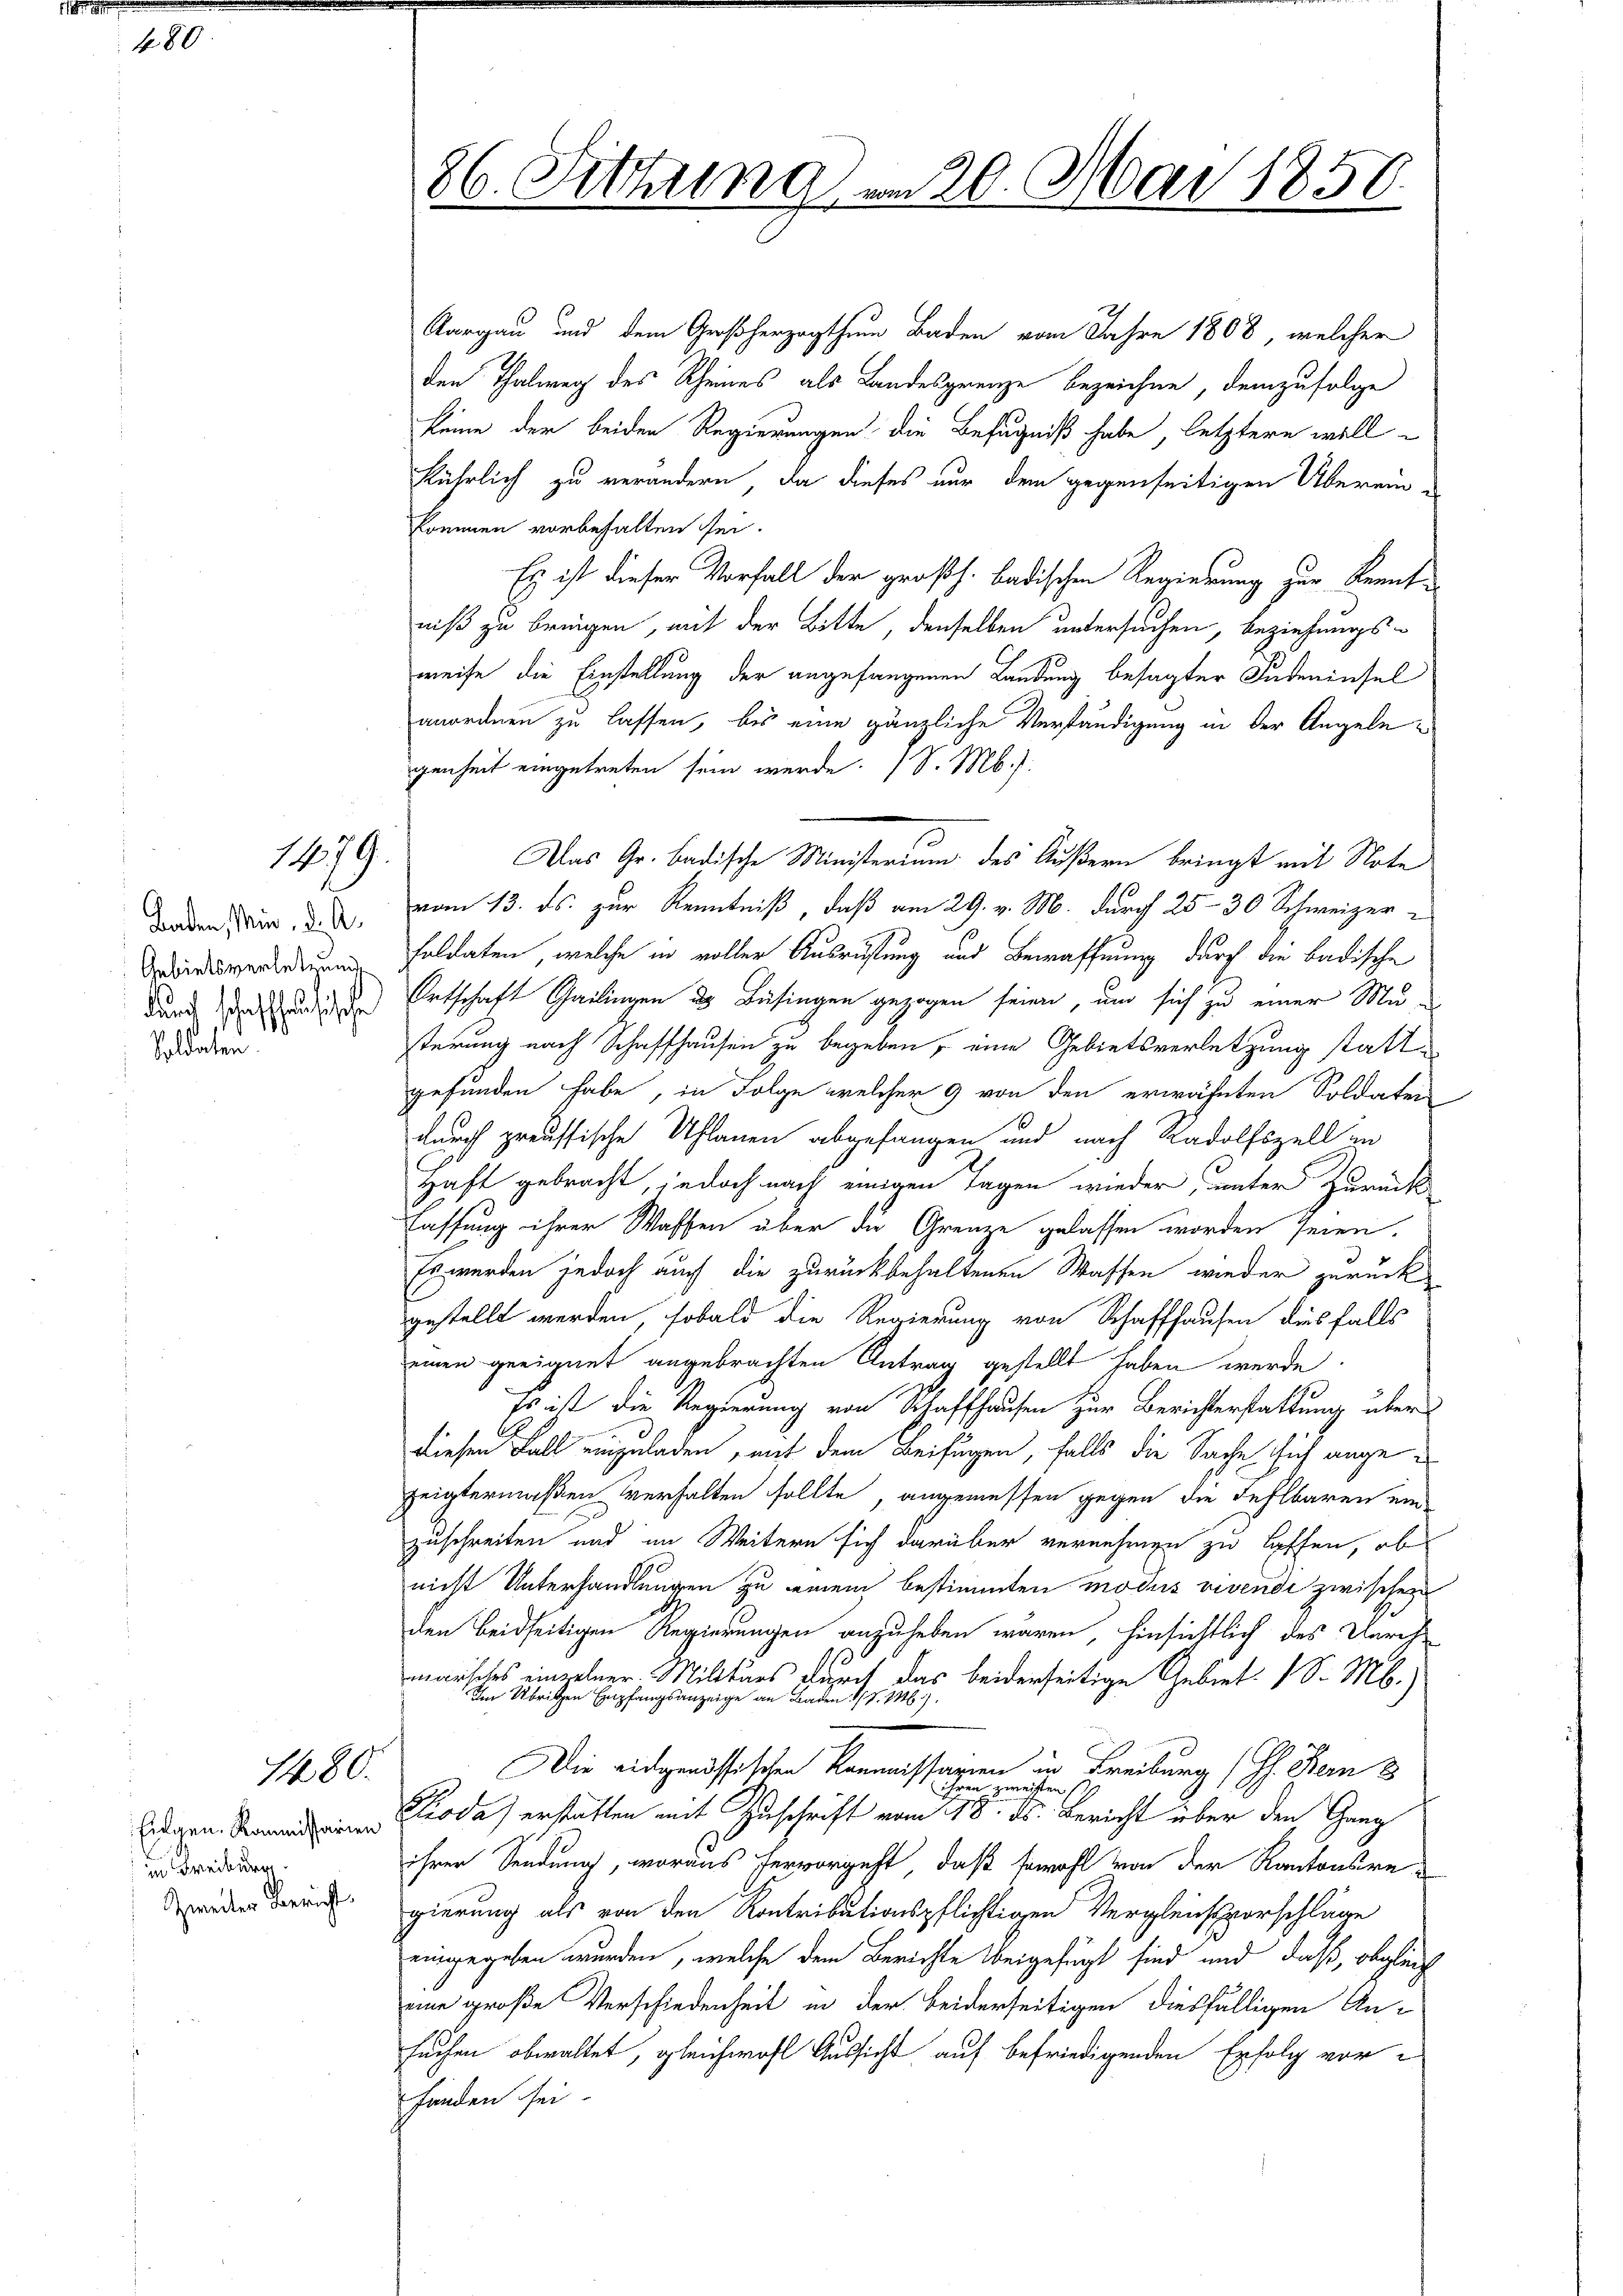
480.

1479.

Baden, Min. d. A.
Soldaten

1480.

Eidgen. Kommissarien
in Freiburg.
Zweiter Bericht.

Targau und dem Großherzogthum Baden vom Jahre 1808, welcher
den Thalweg des Rheines als Landesgrenze bezeichne, demzufolge
keine der beiden Regierungen die Befugniß habe, letztere will
kührlich zu verändern, da dieses nur dem gegenseitigen Überein-
kommen vorbehalten sei.
Ey ist dieser Vorfall der großh. badischen Regierung zur Kenntniß zu bringen, mit der Bitte, denselben untersuchen, beziehungsweise die Einstellung der angefangenen Landung besagter Judeninsel
anordnen zu lassen, bis eine gänzliche Verständigung in der Angelegenheit eingetreten sein werde. (S. M.
Das Gr. Badische Ministerium des Äußern bringt mit Note
vom 13. ds. zur Kenntniß, daß am 29. v. M. durch 25–30 Schweizer¬
Dirverorderum Fuldaten, welche in voller Ausrüstung und Bewaffnung durch die badische
durch das und der Entschaft Gailingen ds Bisingen gezogen seien, und sich zu einer Musterung nach Schaffhausen zu begeben, eine Gebietsverletzung stattgefunden habe, in Folge welcher 9 von den erwähnten Soldaters
durch preussische Uhlanen abgefangen und nach Radolfszell in
Haft gebracht, jedoch nach einigen Tagen wieder, unter Zurück-
lassung ihrer Waffen über die Grenze gelassen worden seien.
Es werden jedoch auch die zurückbehaltenen Wassen wieder zurückgestellt werden, sobald die Regierung von Schaffhausen ausfalls
einen geeignet angebrachten Antrag gestellt haben werde.
Es ist die Regierung von Schaffhausen zur Berichterstattung über
diesen Fall einzuladen, mit dem Beifügen, falls die Sache sich angezeigtermaßen verhalten sollte, angemessen gegen die Fehlbaren ein
zuschreiten und im Weitern sich darüber vernehmen zu hoffen, ob
nicht Unterhandlungen zu einem bestimmten modus vivendi zwischen
den beidseitigen Regierungen anzuheben wären, hinsichtlich des Durchmarlches einzelner Militärs durch das beiderseitige Gebiet: 1 S. M.)
Im Übrigen Empfangsanzeige an Baden /. M.)
Die eidgenössischen Kommissarien in Freiburg (Ph. Bern 3
ihren zweisten s
Pioda) erstatten mit Zuschrift vom 18. ds. Bericht über den Gang
ihrer Sendung, woraus hervorgeht, daß sowohl von der Kantonsregierung als von den Kontributionspflichtigen Vergleichsvorschläge
eingegeben wurden, welche dem Berichte Weigefügt sind und daß, obgleicheine große Verschiedenheit in der beiderseitigen diesfälligen An-
suchen obwaltet, gleichwohl Aussicht auf befriedigenden Erfolg vorfinden sei.

86. Sitzung

m 20. Mai 1856.